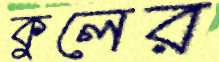
কুলের